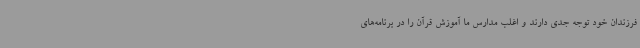
فرزندان خود توجه جدی دارند و اغلب مدارس ما آموزش قرآن را در برنامه‌های